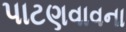
પાટણવાવના